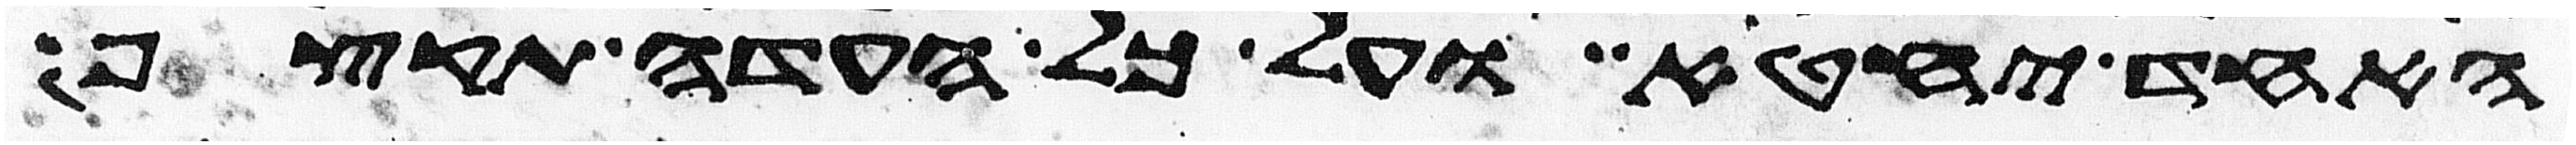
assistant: האחד יחטא ועל כל העדה